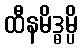
ထီနမိဒ္ဓမ္ပိ